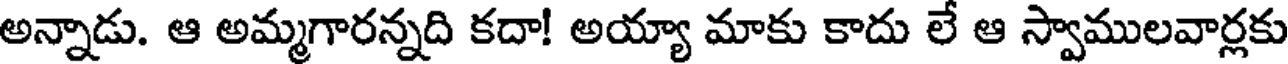
అన్నాడు. ఆ అమ్మగారన్నది కదా! అయ్యా మాకు కాదు లే ఆ స్వాములవార్లకు